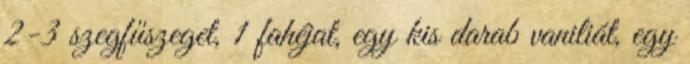
2-3 szegfűszeget, 1 fahéjat, egy kis darab vaniliát, egy